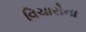
વિચારોના